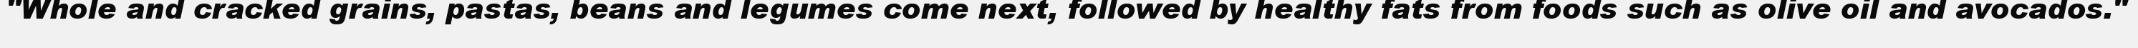
"Whole and cracked grains, pastas, beans and legumes come next, followed by healthy fats from foods such as olive oil and avocados."